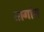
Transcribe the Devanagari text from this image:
तागोस